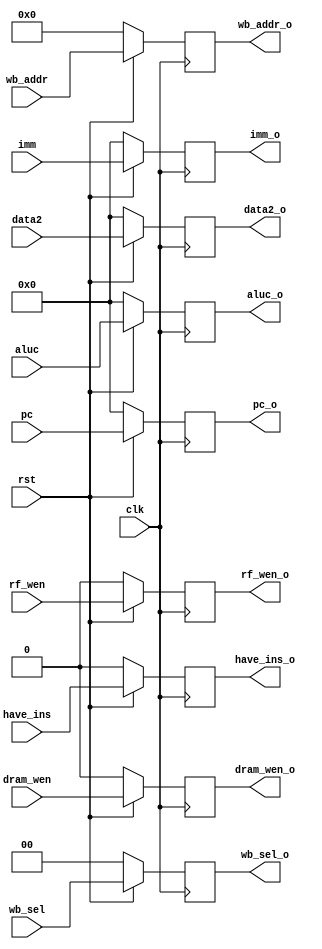
module buffer3 (
    input clk,
    input rst,
    input [1:0] wb_sel,
    input [4:0] wb_addr,
    input [31:0] pc,
    input [31:0] aluc,
    input dram_wen ,
    input [31:0] data2,
    input [31:0] imm,
    input rf_wen,
    output reg [1:0] wb_sel_o,
    output reg [4:0] wb_addr_o,
    output reg [31:0] pc_o,
    output reg [31:0] aluc_o,
    output reg dram_wen_o,
    output reg [31:0] data2_o,
    output reg [31:0] imm_o,
    output reg rf_wen_o,
    input have_ins,
    output reg have_ins_o
);
always @(posedge clk) begin
      if(~rst) begin   
          wb_sel_o <= 'b0;
          wb_addr_o <= 'b0;
          pc_o <= 'b0;
          aluc_o <= 'b0;
          dram_wen_o <= 'b0;
          data2_o <= 'b0;
          imm_o <= 'b0;
          rf_wen_o <= 'b0;
          have_ins_o <=0;
      end else begin
          wb_sel_o <= wb_sel;
          wb_addr_o <= wb_addr; 
          pc_o <= pc;
          aluc_o <= aluc;
          dram_wen_o <= dram_wen;
          data2_o <= data2;
          imm_o <= imm;
          rf_wen_o <= rf_wen;
          have_ins_o <= have_ins;
      end
end
    
endmodule